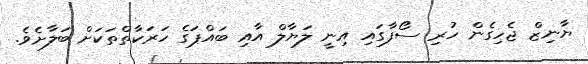
ޔާނިޒް ޖެހިގެން ހުރި ސޯފާގައި އިނީ ލަޔާލް އާއި ބައްޕަގެ ހަރަކާތްތަކަށް ބަލާށެވެ.